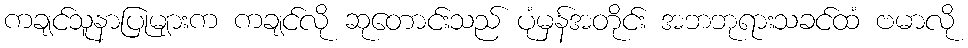
ကချင်သူနာပြုများက ကချင်လို ဆုတောင်းသည် ပုံမှန်အတိုင်း အဘဘုရားသခင်ထံ ဗမာလို